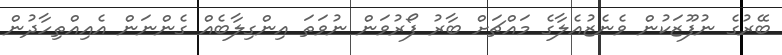
ބޭރުގެ ނުފޫޒަކުން ވެނެޒުއެލާގެ މައްޗަށް ބާރު ފޯރުވަން ނުވަތަ އިންގިލާބެއް ގެންނަން އެއިއްތިހާދުން